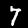
Label: 7